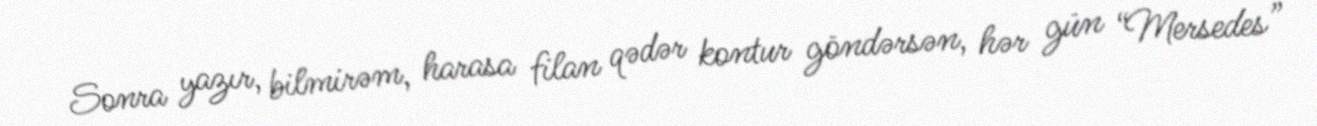
Sonra yazır, bilmirəm, harasa filan qədər kontur göndərsən, hər gün “Mersedes”